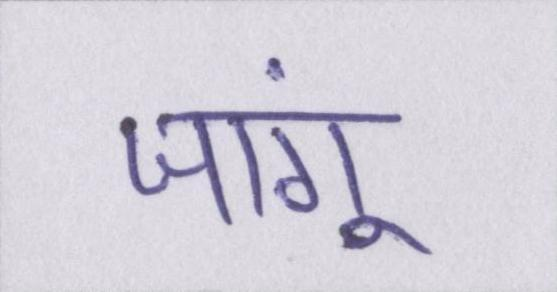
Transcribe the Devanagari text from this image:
जांगू